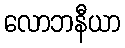
လောဘနီယာ